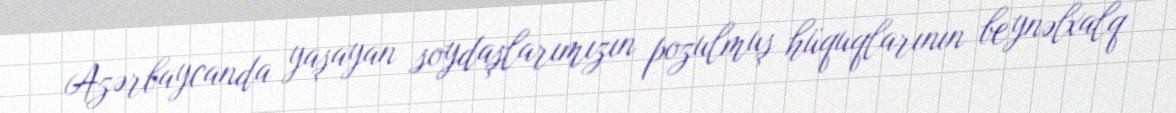
Azərbaycanda yaşayan soydaşlarımızın pozulmuş hüquqlarının beynəlxalq